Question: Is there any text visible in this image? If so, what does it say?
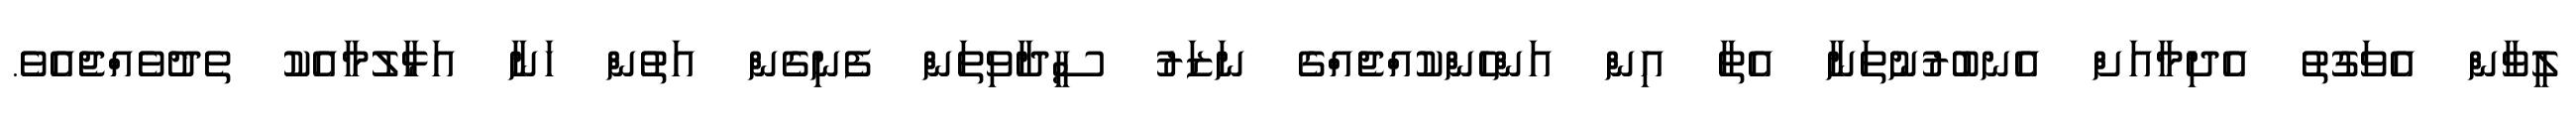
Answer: ލީވާން އެވަގުތު އެދިމާއަށް އެނބުރުނުތަނާ އެތާ އިން އަންހެންކުއްޖެއްގެ ނަޒަރު ސީދާވިތަން ފެނިގެން އަތުން ހަނާ އަޅާލުމާއެކު ތެދުވެއްޖެއެވެ.